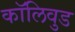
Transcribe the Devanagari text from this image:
कॉलिवुड